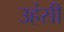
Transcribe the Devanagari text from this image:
उहंसी